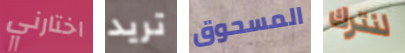
اختارني تريد المسحوق لنترك